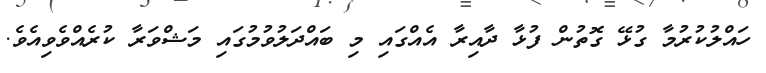
ހައްލުކުރުމާ ގުޅޭ ގޮތުން ފުޅާ ދާއިރާ އެއްގައި މި ބައްދަލުވުމުގައި މަޝްވަރާ ކުރެއްވެވިއެވެ.